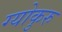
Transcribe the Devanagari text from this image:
ग्योकुरु